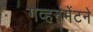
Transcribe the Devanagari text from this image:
गव्हर्नमेंटने